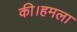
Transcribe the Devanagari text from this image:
की।हमला